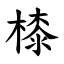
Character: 㯃